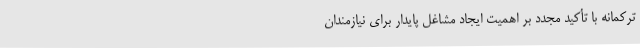
ترکمانه با تأکید مجدد بر اهمیت ایجاد مشاغل پایدار برای نیازمندان